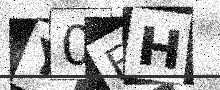
Text: Y0FH